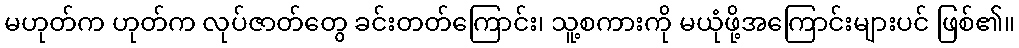
မဟုတ်က ဟုတ်က လုပ်ဇာတ်တွေ ခင်းတတ်ကြောင်း၊ သူ့စကားကို မယုံဖို့အကြောင်းများပင် ဖြစ်၏။